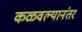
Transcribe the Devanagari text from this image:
कळवल्यानंतर